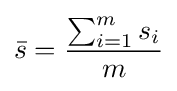
{\bar {s}}={\frac {\sum _{i=1}^{m}s_{i}}{m}}